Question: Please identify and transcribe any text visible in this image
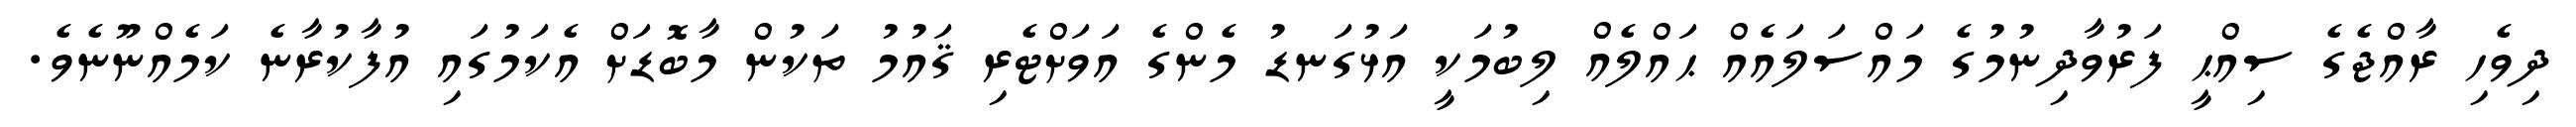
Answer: ދިވެހި ރާއްޖެގެ ސިއްޙީ ފަރުވާދިނުމުގެ މައްސަލައެއް ޙައްލެއް ލިބުމަކީ އަޅުގަނޑު މެންގެ އަވަށްޓެރި ޤައުމު ތަކުން މާބޮޑަށް އެކަމުގައި އުފާކުރާނެ ކަމެއްނޫނެވެ.